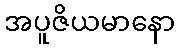
အပူဇိယမာနော